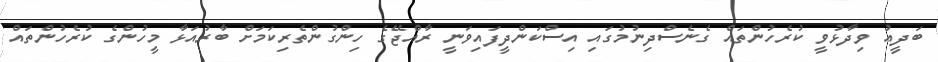
ބަދީއު ވިދާޅުވީ ކުރެހުންތައް ގެނެސްދިނުމުގައި އިސްކަންދީފައިވަނީ ރާއްޖޭގެ ހިންގުންތެރިކަމަށް ބާރުއަޅާ މީހުންގެ ކުރެހުންތައް